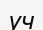
уч